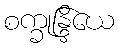
စက္ခုန္ဒြိယေ